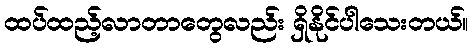
ထပ်ထည့်လာတာတွေလည်း ရှိနိုင်ပါသေးတယ်။